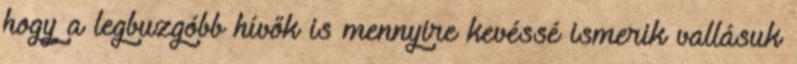
hogy a legbuzgóbb hívők is mennyire kevéssé ismerik vallásuk